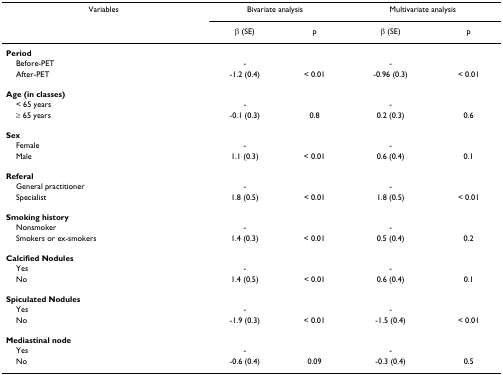
<table><thead><tr><td><b>Variables</b></td><td colspan="2"><b>Bivariate analysis</b></td><td colspan="2"><b>Multivariate analysis</b></td></tr><tr><td></td><td><b>β (SE)</b></td><td><b>p</b></td><td><b>β (SE)</b></td><td><b>p</b></td></tr></thead><tbody><tr><td><b>Period</b></td><td></td><td></td><td></td><td></td></tr><tr><td> Before-PET</td><td>-</td><td></td><td>-</td><td></td></tr><tr><td> After-PET</td><td>-1.2 (0.4)</td><td>&lt; 0.01</td><td>-0.96 (0.3)</td><td>&lt; 0.01</td></tr><tr><td><b>Age (in classes)</b></td><td></td><td></td><td></td><td></td></tr><tr><td> &lt; 65 years</td><td>-</td><td></td><td>-</td><td></td></tr><tr><td> ≥ 65 years</td><td>-0.1 (0.3)</td><td>0.8</td><td>0.2 (0.3)</td><td>0.6</td></tr><tr><td><b>Sex</b></td><td></td><td></td><td></td><td></td></tr><tr><td> Female</td><td>-</td><td></td><td>-</td><td></td></tr><tr><td> Male</td><td>1.1 (0.3)</td><td>&lt; 0.01</td><td>0.6 (0.4)</td><td>0.1</td></tr><tr><td><b>Referal</b></td><td></td><td></td><td></td><td></td></tr><tr><td> General practitioner</td><td>-</td><td></td><td>-</td><td></td></tr><tr><td> Specialist</td><td>1.8 (0.5)</td><td>&lt; 0.01</td><td>1.8 (0.5)</td><td>&lt; 0.01</td></tr><tr><td><b>Smoking history</b></td><td></td><td></td><td></td><td></td></tr><tr><td> Nonsmoker</td><td>-</td><td></td><td>-</td><td></td></tr><tr><td> Smokers or ex-smokers</td><td>1.4 (0.3)</td><td>&lt; 0.01</td><td>0.5 (0.4)</td><td>0.2</td></tr><tr><td><b>Calcified Nodules</b></td><td></td><td></td><td></td><td></td></tr><tr><td> Yes</td><td>-</td><td></td><td>-</td><td></td></tr><tr><td> No</td><td>1.4 (0.5)</td><td>&lt; 0.01</td><td>0.6 (0.4)</td><td>0.1</td></tr><tr><td><b>Spiculated Nodules</b></td><td></td><td></td><td></td><td></td></tr><tr><td> Yes</td><td>-</td><td></td><td>-</td><td></td></tr><tr><td> No</td><td>-1.9 (0.3)</td><td>&lt; 0.01</td><td>-1.5 (0.4)</td><td>&lt; 0.01</td></tr><tr><td><b>Mediastinal node</b></td><td></td><td></td><td></td><td></td></tr><tr><td> Yes</td><td>-</td><td></td><td>-</td><td></td></tr><tr><td> No</td><td>-0.6 (0.4)</td><td>0.09</td><td>-0.3 (0.4)</td><td>0.5</td></tr></tbody></table>